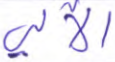
الآلي